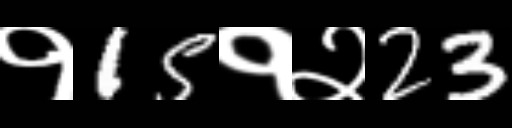
Text: १15१२23